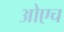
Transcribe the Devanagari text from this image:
ओएच